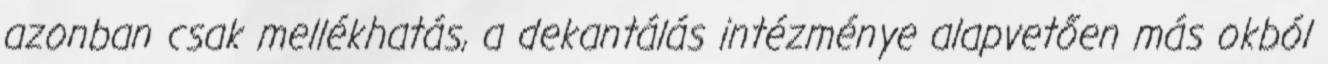
azonban csak mellékhatás, a dekantálás intézménye alapvetően más okból